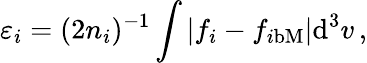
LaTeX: \varepsilon_{i}=(2n_{i})^{-1}\int|f_{i}-f_{i\mathrm{bM}}|\textrm{d}^{3}v\, ,